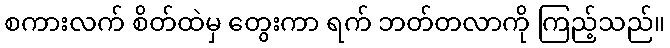
စကားလက် စိတ်ထဲမှ တွေးကာ ရက် ဘတ်တလာကို ကြည့်သည်။